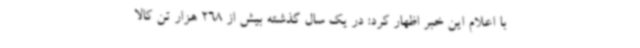
با اعلام این خبر اظهار کرد: در یک سال گذشته بیش از 268 هزار تن کالا